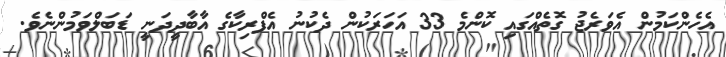
އެހެންކަމުން އެވަރެޖު ގޮތެއްގައި ކޮންމެ 33 އަހަރަކުން ދެކުނު އެފްރިކާގެ އާބާދީދަނީ ޑަބަލްވަމުންނެވެ.